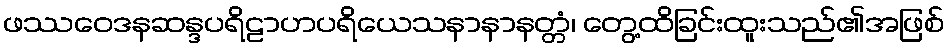
ဖဿဝေဒနဆန္ဒပရိဠာဟပရိယေသနာနာနတ္တံ၊ တွေ့ထိခြင်းထူးသည်၏အဖြစ်